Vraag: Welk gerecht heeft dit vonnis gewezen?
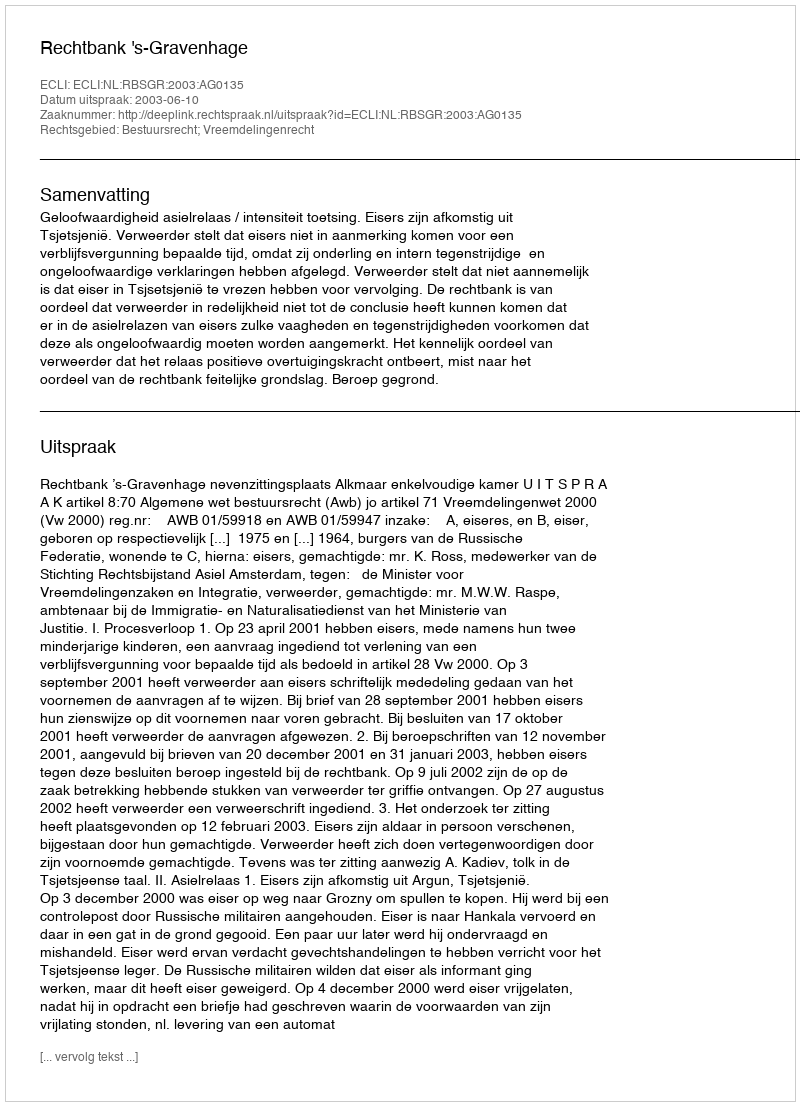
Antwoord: Rechtbank 's-Gravenhage